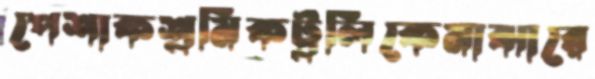
পেশাকশ্রমিকট্রলিকেমাঝারে